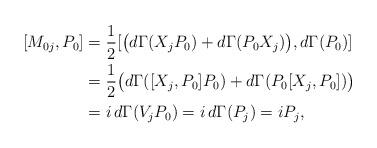
LaTeX: \begin{align*}[M_{0j},P_0]&= \frac{1}{2}[\big( d\Gamma(X_jP_0)+d\Gamma(P_0X_j)\big),d\Gamma (P_0)]\\&=\frac{1}{2} \big( d\Gamma([X_j,P_0]P_0)+d\Gamma(P_0[X_j,P_0])\big) \\&=i \, d\Gamma(V_jP_0)=i \, d\Gamma(P_j)=iP_j,\end{align*}